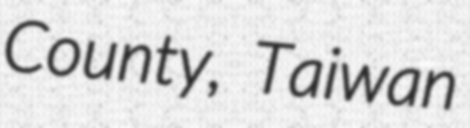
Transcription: County, Taiwan